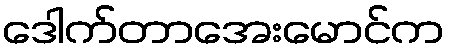
ဒေါက်တာအေးမောင်က